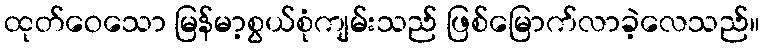
ထုတ်ဝေသော မြန်မာ့စွယ်စုံကျမ်းသည် ဖြစ်မြောက်လာခဲ့လေသည်။